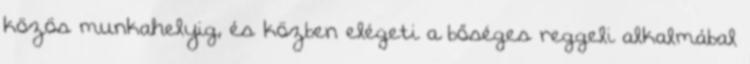
közös munkahelyig, és közben elégeti a bőséges reggeli alkalmábal